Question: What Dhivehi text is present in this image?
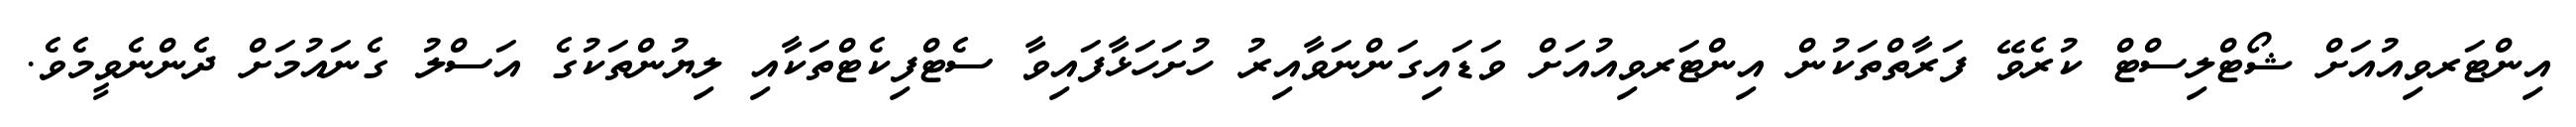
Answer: އިންޓަރވިއުއަށް ޝޯޓްލިސްޓް ކުރެވޭ ފަރާތްތަކުން އިންޓަރވިއުއަށް ވަޑައިގަންނަވާއިރު ހުށަހަޅާފައިވާ ސެޓްފިކެޓްތަކާއި ލިޔުންތަކުގެ އަސްލު ގެނައުމަށް ދެންނެވީމެވެ.